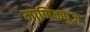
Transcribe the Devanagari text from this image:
माणिकपुंज